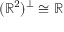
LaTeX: ( \mathbb { R } ^ { 2 } ) ^ { \perp } \cong \mathbb { R }